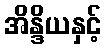
အိန္ဒိယနှင့်